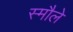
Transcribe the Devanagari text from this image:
स्मौले